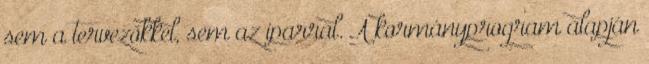
sem a tervezőkkel, sem az iparral. A kormányprogram alapján